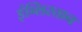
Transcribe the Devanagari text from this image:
इंन्लिस्तान